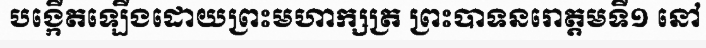
បង្កើតឡើងដោយព្រះមហាក្សត្រ ព្រះបាទនរោត្តមទី១ នៅ